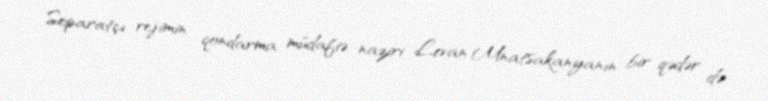
Separatçı rejimin qondarma müdafiə naziri Levan Mnatsakanyanın bir qədər də